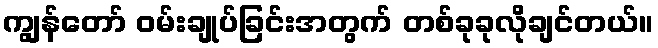
ကျွန်တော် ဝမ်းချုပ်ခြင်းအတွက် တစ်ခုခုလိုချင်တယ်။